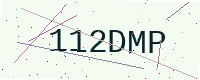
Text: 112DMP